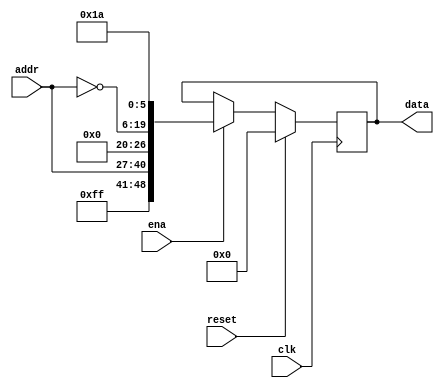

module cpu_test_mcr (clk, reset, addr, data, ena);
   input clk;
   input reset;
   input [13:0] addr;
   input 	ena;
   output [48:0] data;
   reg [48:0] data;

   wire [13:0] a;

   always @(posedge clk)
     if (reset)
       data <= 0;
     else
       if (ena)
	 data <= { 8'b11111111, addr, 7'b0, ~addr, 6'b011010};

endmodule